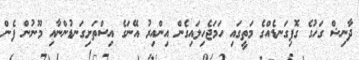
ދާނިޝް ގަހުގެ ގޮފިގަނޑެއްގެ މަތީގައި ހަމަޖެހިލައިގެން އިންއިރު އޭނަގެ އިސްތަށިގަނޑުންނާއި މޫނުން ފެން